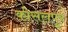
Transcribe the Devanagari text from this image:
कोसलपुर